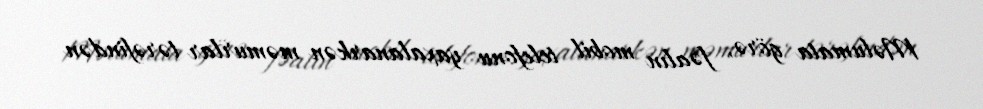
Məlumata görə, fəalın mobil telefonu yaxalanarkən məmurlar tərəfindən